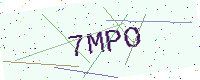
Text: 7MPO